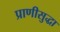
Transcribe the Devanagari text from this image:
प्राणीसुद्धा